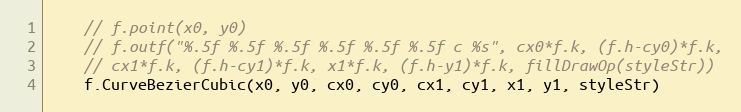
Language: Go
	// f.point(x0, y0)
	// f.outf("%.5f %.5f %.5f %.5f %.5f %.5f c %s", cx0*f.k, (f.h-cy0)*f.k,
	// cx1*f.k, (f.h-cy1)*f.k, x1*f.k, (f.h-y1)*f.k, fillDrawOp(styleStr))
	f.CurveBezierCubic(x0, y0, cx0, cy0, cx1, cy1, x1, y1, styleStr)